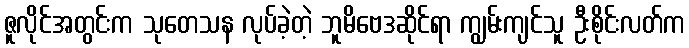
ဇူလိုင်အတွင်းက သုတေသန လုပ်ခဲ့တဲ့ ဘူမိဗေဒဆိုင်ရာ ကျွမ်းကျင်သူ ဦးစိုင်းလတ်က